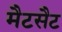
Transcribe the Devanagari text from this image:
मैटसैट